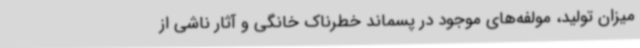
میزان تولید، مولفه‌های موجود در پسماند خطرناک خانگی و آثار ناشی از